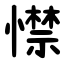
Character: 㦗